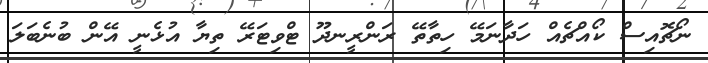
ނޯޗޮއިސް ކޯއްޗެއް ހަދާނަމޭ ހިތާތޭ ރަންރީނދޫ ޓްވިޓަރޭ ތިޔާ އުޅެނީ އޭން ބުނެބަލަ